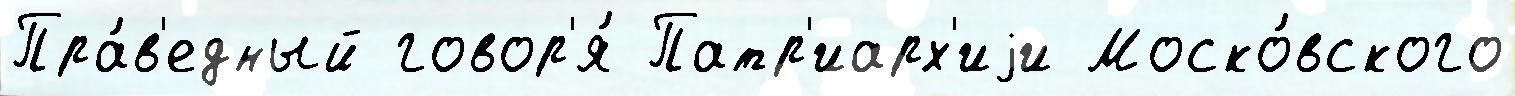
Пра́в'едный говор'я́ Патр'иарх'иjи Моско́вского